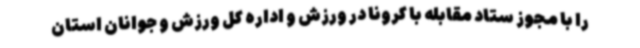
را با مجوز ستاد مقابله با کرونا در ورزش و اداره کل ورزش و جوانان استان